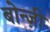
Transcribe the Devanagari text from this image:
बोन्ज़ी